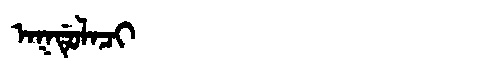
Manchu: ᠠᡴᡩᡠᠯᠠᠴᡳ
Romanization: AKDULACI